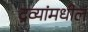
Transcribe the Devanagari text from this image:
द्रव्यांमधील